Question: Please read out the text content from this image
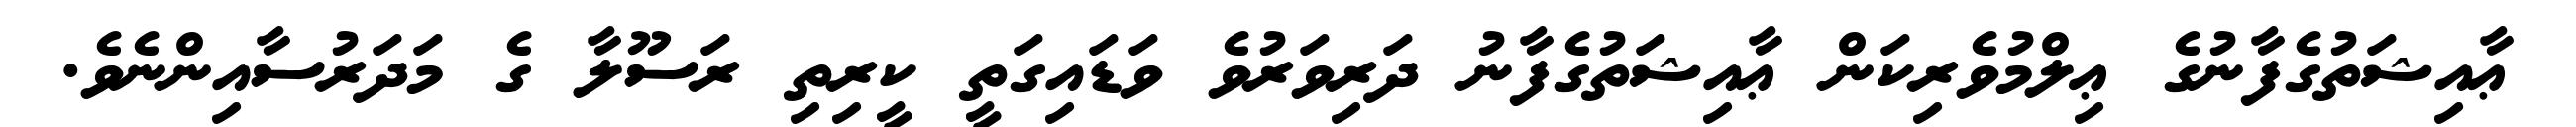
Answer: ޢާއިޝަތުގެފާނުގެ ޢިލްމުވެރިކަން ޢާއިޝަތުގެފާނު ދަރިވަރުވެ ވަޑައިގަތީ ކީރިތި ރަސޫލާ ގެ މަދަރުސާއިންނެވެ.